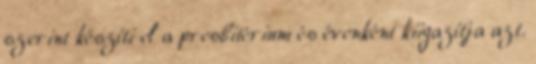
szerint készíti el a presbitérium és évenként kiigazítja azt.